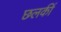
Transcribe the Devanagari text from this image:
छलकीं